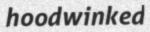
hoodwinked